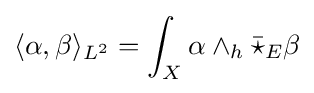
\langle \alpha ,\beta \rangle _{L^{2}}=\int _{X}\alpha \wedge _{h}{\bar {\star }}_{E}\beta